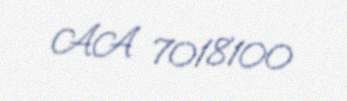
AA 7018100